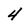
Character: 4